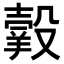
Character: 𦎯